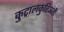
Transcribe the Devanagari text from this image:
कुट्रालकुरिञ्जी